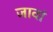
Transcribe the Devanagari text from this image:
जावां